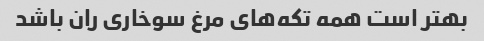
بهتر است همه تکه‌های مرغ سوخاری ران باشد